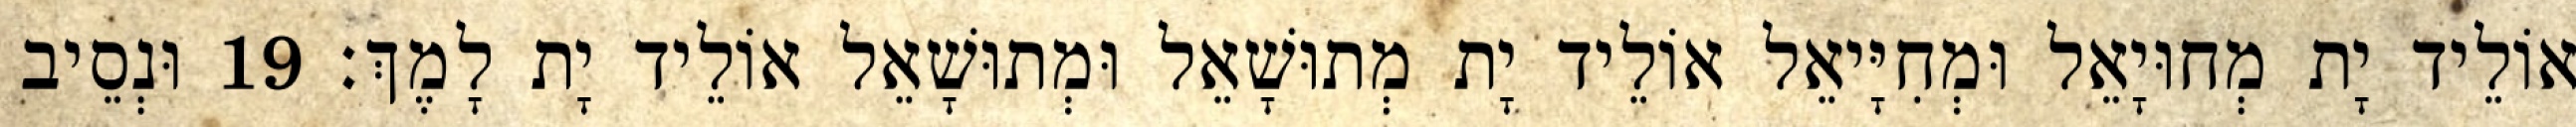
אוֹלֵיד יָת מְחוּיָאֵל וּמְחִיָּיאֵל אוֹלֵיד יָת מְתוּשָׁאֵל וּמְתוּשָׁאֵל אוֹלֵיד יָת לָמֶךְ׃ 19 וּנְסֵיב